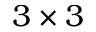
3 \times 3